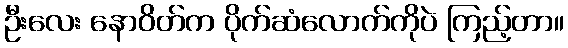
ဦးလေး နောဝိတ်က ပိုက်ဆံလောက်ကိုပဲ ကြည့်တာ။